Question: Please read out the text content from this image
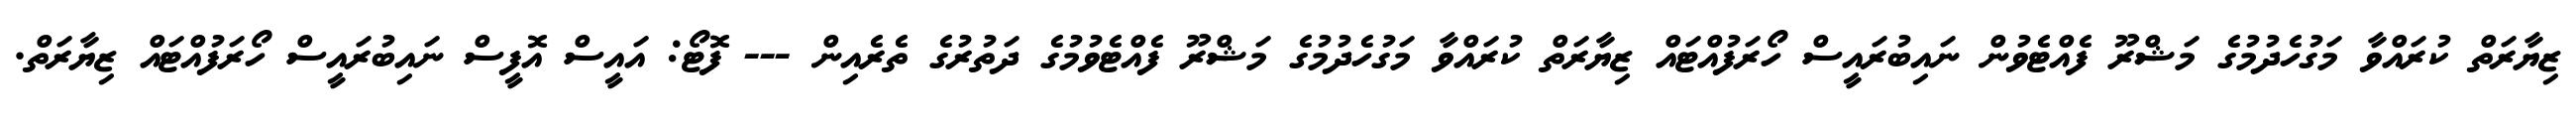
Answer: ޒިޔާރަތް ކުރައްވާ މަގުހެދުމުގެ މަޝްރޫ ފެއްޓެވުން ނައިބުރައީސް ހޯރަފުއްޓައް ޒިޔާރަތް ކުރައްވާ މަގުހެދުމުގެ މަޝްރޫ ފެއްޓެވުމުގެ ދަތުރުގެ ތެރެއިން --- ފޮޓޯ: އައީސް އޮފީސް ނައިބުރައީސް ހޯރަފުއްޓައް ޒިޔާރަތް.